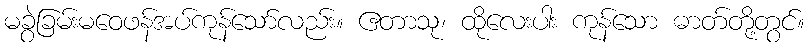
မခွဲခြမ်းမဝေဖန်အပ်ကုန်သော်လည်း။ ဧတာသု၊ ထိုလေးပါး ကုန်သော ဓာတ်တို့တွင်။